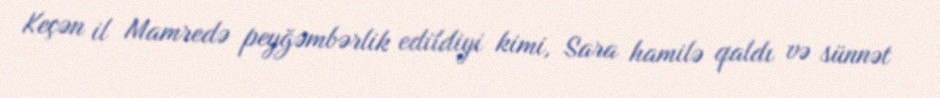
Keçən il Mamredə peyğəmbərlik edildiyi kimi, Sara hamilə qaldı və sünnət